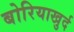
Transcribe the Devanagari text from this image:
बोरियाखुर्द